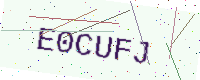
Text: E0CUFJ